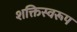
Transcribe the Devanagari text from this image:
शक्तिस्वरूप